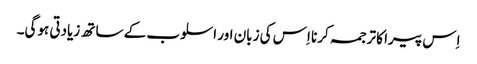
اِس پیرا کا ترجمہ کرنا اِس کی زبان اور اسلوب کے ساتھ زیادتی ہوگی۔